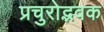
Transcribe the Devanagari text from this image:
प्रचुरोद्भवक